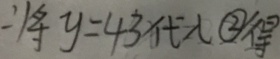
将 y = 4 3 代 入 \textcircled { 2 } 得